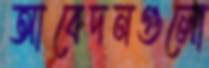
আবেদনগুলো